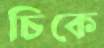
চিকে